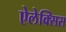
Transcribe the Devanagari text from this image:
ऐलेक्‍सिस